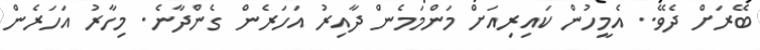
ބޭރަށް ދެވޭ.. އެމީހުން ކައިރިއަށް މަންމަމެން ދާއިރު އަހަރެން ގެންދާނެ. މިހާރު އަހަރެން